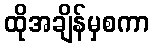
ထိုအချိန်မှစကာ